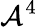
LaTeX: \mathcal{A}^{4}